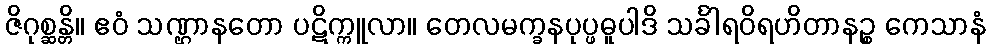
ဇိဂုစ္ဆန္တိ။ ဧဝံ သဏ္ဌာနတော ပဋိက္ကူလာ။ တေလမက္ခနပုပ္ဖဓူပါဒိ သင်္ခါရဝိရဟိတာနဉ္စ ကေသာနံ